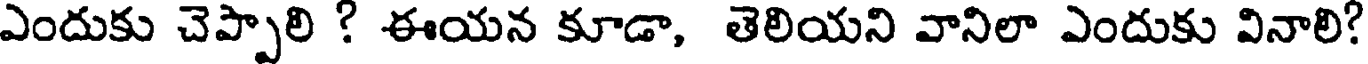
ఎందుకు చెప్పాలి ? ఈయన కూడా, తెలియని వానిలా ఎందుకు వినాలి?